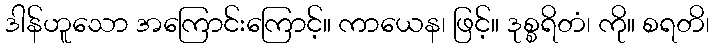
ဒါန်ဟူသော အကြောင်းကြောင့်။ ကာယေန၊ ဖြင့်။ ဒုစ္စရိတံ၊ ကို။ စရတိ၊